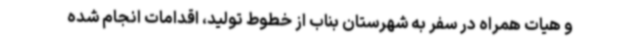
و هیات همراه در سفر به شهرستان بناب از خطوط تولید، اقدامات انجام شده